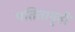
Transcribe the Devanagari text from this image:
पतितागृही